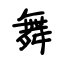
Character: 舞